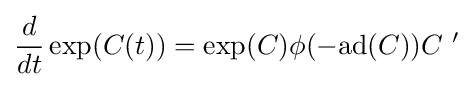
{\frac {d}{dt}}\exp(C(t))=\exp(C)\phi (-\mathrm {ad} (C))C~'